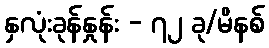
နှလုံးခုန်နှုန်း - ၇၂ ခု/မိနစ်